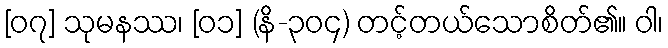
[၀၇] သုမနဿ၊ [၀၁] (နိ-၃၀၄) တင့်တယ်သောစိတ်၏။ ဝါ၊